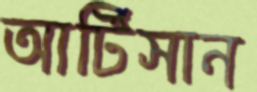
আর্টিসান